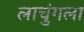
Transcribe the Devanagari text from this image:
लाचुंगला